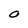
Character: O